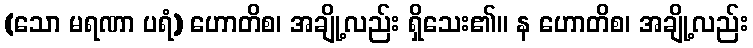
(သော မရဏာ ပရံ) ဟောတိစ၊ အချို့လည်း ရှိသေး၏။ န ဟောတိစ၊ အချို့လည်း